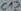
Text: C13